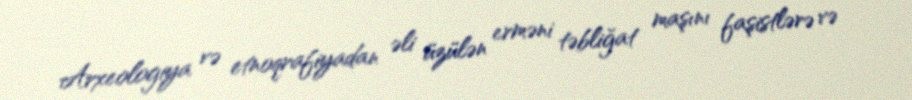
Arxeologiya və etnoqrafiyadan əli üzülən erməni təbliğat maşını faşistlərə və